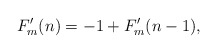
\begin{align*}F'_m(n)=-1+F'_m(n-1),\end{align*}